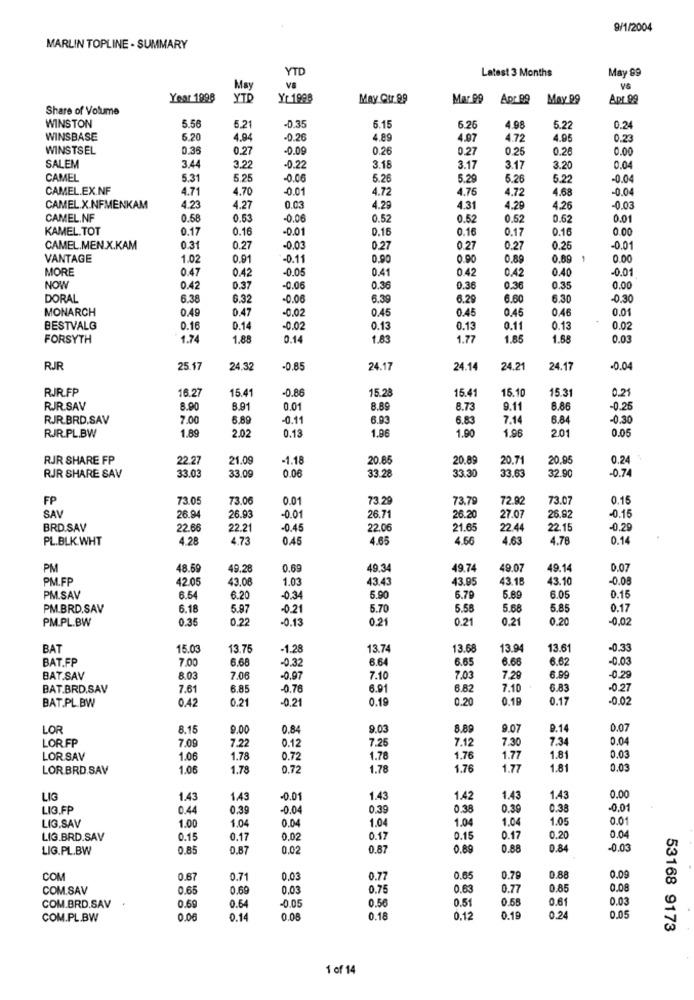
9/1/2004
MARLIN TOPLINE - SUMMARY
YTD
Latest 3 Months
May 89
May
VS
Year 1998
YTD
Yr 1998
May Cr. 99
Mar 99
Apr 89 May 99
Apr 98
Share of Volume
WINSTON
5.56
5.21
-0.35
6.15
6.26
4.98
5.22
0.24
WINSBASE
6.20
4.94
-0.26
4.89
4.07
4.72
4.95
0.23
WINSTSEL
0.36
0.27
-0.09
0.26
0.27
0.25
0.26
0.00
3.44
SALEM
3.22
-0.22
3.18
3.17
3.17
3.20
0.0
CAMEL
5.31
5.25
-0.06
5.26
5.29
5.26
5.22
-0.04
CAMEL.EX.NF
4.71
4.70
-0.01
4.72
4.76
4.72
4.68
-0.04
CAMEL.X.NFMENKAM
4.23
4.27
0.03
4.29
4.31
4.29
4.26
-0.03
CAMEL.NF
0.58
0.53
-0.06
0.52
0.52
0.52
0.62
0.01
KAMEL.TOT
0.17
0.16
-0.01
0.16
0.16
0.17
0.16
0.00
CAMEL.MEN.X.KAM
0.31
0.27
-0.03
0.27
0.27
0.27
0.25
-0.01
VANTAGE
1.02
0.91
-0.11
0,90
0.90
0.8
0.89
1
0.00
MORE
0.47
0.42
-0.05
0.41
0.42
0.42
0.40
-0.01
NOW
0.42
0.37
-0.06
0.36
0.36
0.36
0.35
0.00
DORAL
6.38
6.32
-0.06
6.39
6.29
6.60
6.30
-0.30
MONARCH
0.49
0.41
-0.02
0.45
0.45
0.45
0.46
0.01
BESTVALG
0.16
0.14
-0.02
0.13
0.13
0.11
0.13
0.02
FORSYTH
1.74
1.88
0.14
1.83
1.77
1,85
1.68
0.03
RJR
25.17
24.32
-0.85
24.17
24.14
24.21
24.17
-0.04
RJR.FP
16.27
15.41
-0.86
15.41
16.10
15.31
0.21
15.28
RJR.SAV
8.90
8.91
0.01
8.89
8.73
9.11
8.86
-0.25
RJR.BRD.SAV
7.00
6.89
-0.11
6.93
6.83
7.14
6.84
-0,30
RJR.PL.BW
1.89
2.02
0.18
1.96
1.90
1.96
2.01
0.05
RJR SHARE FP
22.27
21.09
1.18
20.85
20.89
20.71
20.95
0.24
0.06
33.28
33.30
33.63
32.90
-0.74
RJR SHARE SAV
33.03
33.09
FP
73.05
73.06
0.01
73.29
73.79
72.92
73.07
0.15
SAV
0.01
26.94
26.93
26.71
26.20
27.07
26.92
-0.1
BRD.SAV
22.66
22.21
0.45
22.06
21.6
22.44
22.15
-0.20
PL.BLK WHT
4.28
4.73
0.45
4.6.
4.56
4.63
4.76
0.14
PM
48.59
49.28
0.69
49:34
49.74
49.0
49.14
0.07
PM.FP
42.05
43.08
1.03
43.43
43.95
43.18
43.10
-0.08
PM.SAV
6.54
6.20
-0.34
5.90
6.79
5.89
6.05
0.15
PM.BRD.SAV
6.18
5.97
-0.21
5.70
5.5
5.68
5.8
0.17
PM.PL.BW
0.35
0.22
-0.13
0.21
0.21
0.21
0.20
-0.02
BAT
15.03
13.75
-1.28
13.74
13.68
13.94
13.61
-0.33
BAT.FP
7.00
6.68
-0.32
6.64
6.65
6.60
6.62
-0.03
6.99
BAT.SAV
8.03
7.06
-0.97
7.10
7.03
7.29
-0.29
BAT.BRD.SAV
7.6
6.85
-0.76
6.91
6.82
7.10
6.83
-0.27
BAT.PL.BW
0.4
-0.2
0.19
0.20
0.19
0.17
-0.02
0.21
LOR
8.16
9.00
0.84
9.03
8.89
9.07
9.14
0.07
LOR.FP
7.09
0.12
7.26
7.12
7.30
7.34
0.04
7.2
LORSAV
1.06
1.78
0.72
1.78
1.76
1.77
1.81
0.03
LORBRD.SAV
1.06
1.78
0.72
1.78
1.76
1.77
1.81
0.03
LIG
1.43
1.43
-0.01
1.43
1.42
1.43
1.43
0.00
LIG.FP
0.44
0.39
-0.04
0.39
0.38
0.39
0.38
-0.01
LIG.SAV
1.00
0.04
1.04
1.04
1.04
1.05
0.01
1.04
LIG.BRD.SAV
0.1
0.17
0,02
0.17
0.15
0.17
0.20
0.04
LIG.PL.BW
0.8.
0.87
0.02
0.87
0.89
0.88
0.84
-0.03
COM
0.67
0.7
0,03
0.77
0.65
0.79
0,88
0.09
COM.SAV
0.65
0.69
0,03
0.75
0.63
0.77
0.85
0.08
0.69
0.6
-0.05
0.56
0.51
0.55
0.61
0.03
COM.BRD.SAV
COM.PL.BW
0.06
0.14
0.08
0.18
0.12
0.19
0.24
0.05
53168 9173
1 of 14